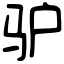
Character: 驴